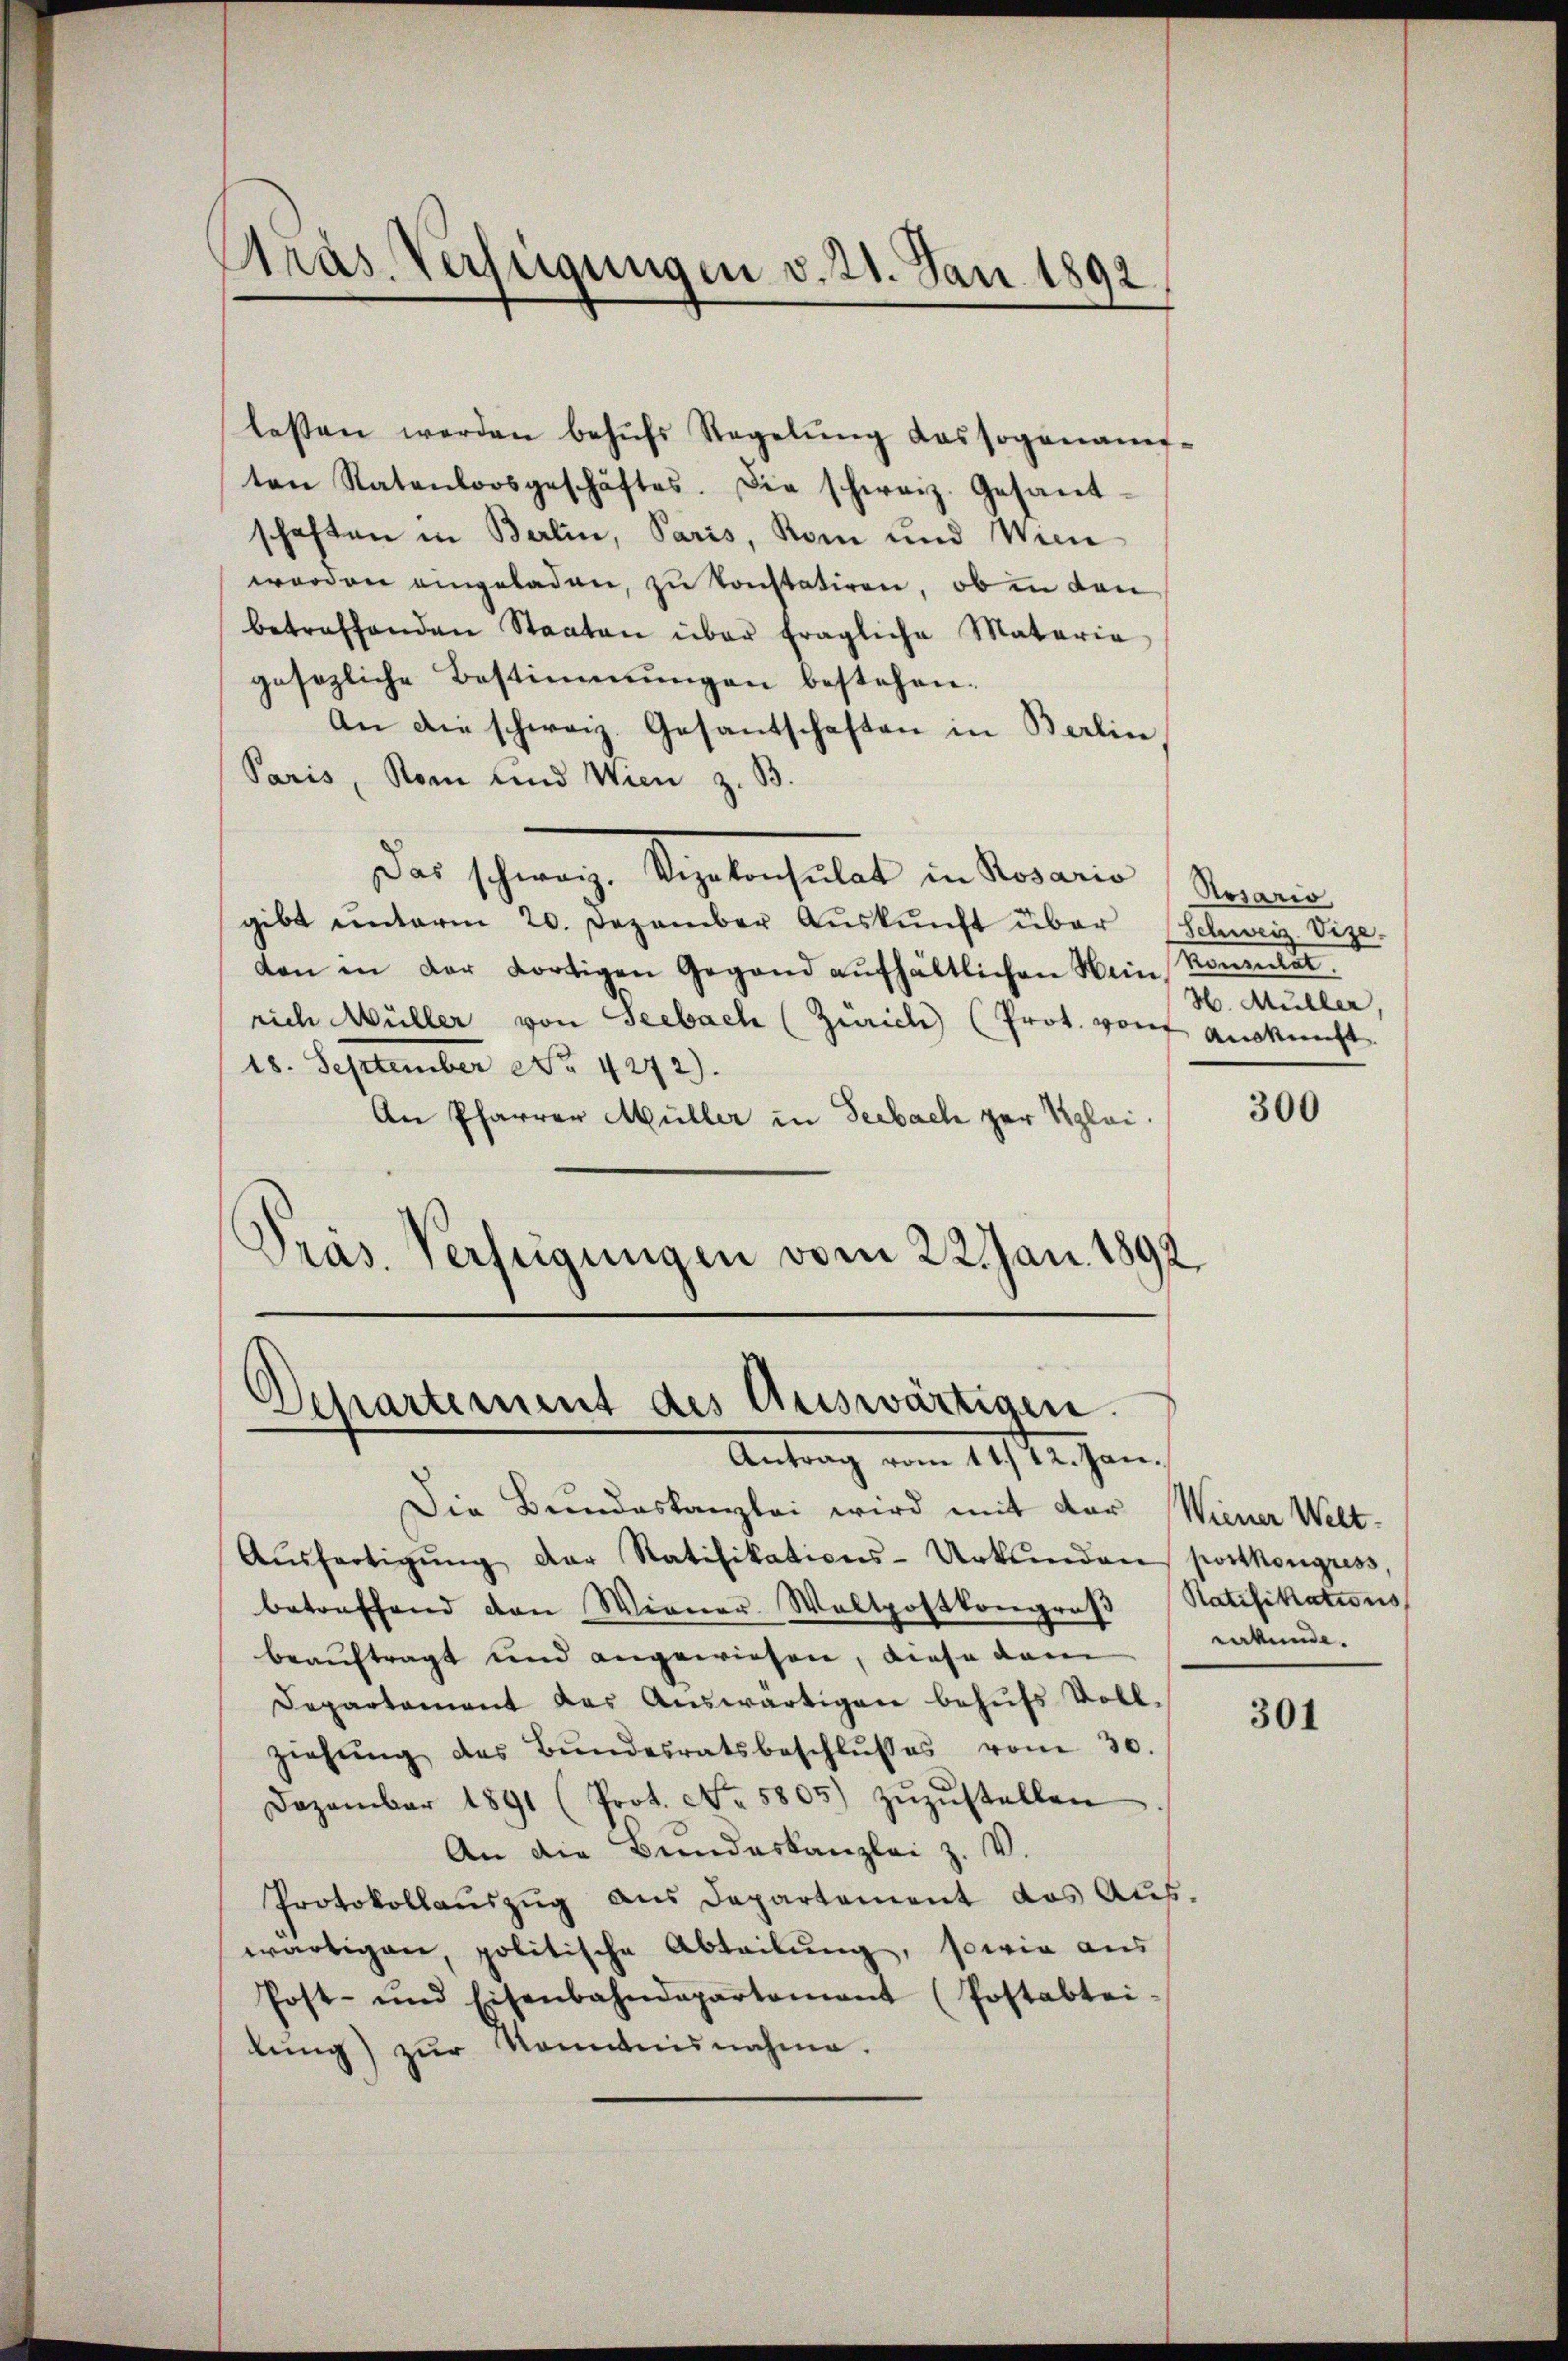
Präs. Verfügungen v. 21. Jan. 1892
e

lassen werden behŭfs Regelŭng das soganams-
ten Ratenloosgeschäftes. Die schweiz. Gesand
schaften in Berlin, Paris, Rom und Wien
worden eingeladen, zu konstatiren, ob in den
betreffenden Staaten über fragliche Materia
gesezliche Bestimmungen bestehen.
An die schweiz. Gesantschaften in Berlin
Paris, Rom und Wien z. B.
Das schreinze Seelenhaltet in daran
gibt ŭnterm 20. Dezember Aŭskŭnft über (Schweiz. Vize-
den in der dortigen Gegend aufhältlichen Hein Konsulat.
rich Müller von Seebach (Zürich (Prot. von Auskunft
18. September No. 4272).
An Pfarrer Müller in Seebach zur Klei¬
Präs. Verfügungen vom 22. Jan. 1892

Departement des Auswärtigen.
Antrag vom 11./12. Jan.

Die Bundeskanzlei wird mit der Wiener Welt¬
Aŭsfertigŭng der Ratifikations-Urkunden portkongress,
betreffend den Wiener Woltpostkongros
beauftragt und angewiesen, diese dam
Departement des Aŭswärtigen behŭfs Voll-
Ziehŭng des Bŭndesratsbeschlŭsses vom 30.
Dezember 1891 (Prot. No. 5805) zŭzŭstellen
An die Bundeskanzlei z. V.
Protokollaŭszŭg aŭs Departement das Aŭs-
wärtigen, politische Abteilŭng, sowie aus
Post- und Eisenbahndepartement (Postabtei-
lŭng zŭr Kenntnisnahme.

Ausario,
H. Müller,

300

Ratifikations
erkunde.

301